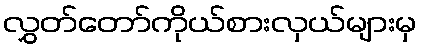
လွှတ်တော်ကိုယ်စားလှယ်များမှ